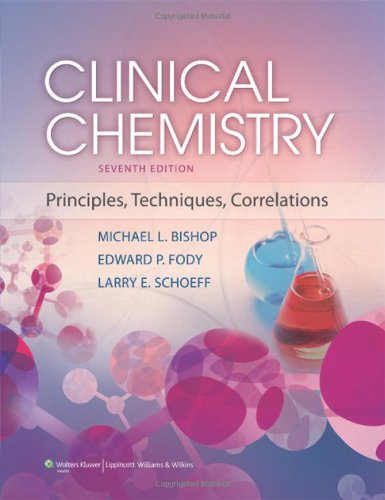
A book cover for Clinical Chemistry: Principles, Techniques, and Correlations; Michael L. Bishop MS  MT (ASCP)  CLS (NCA); Medical Books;